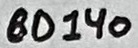
Text: BD140